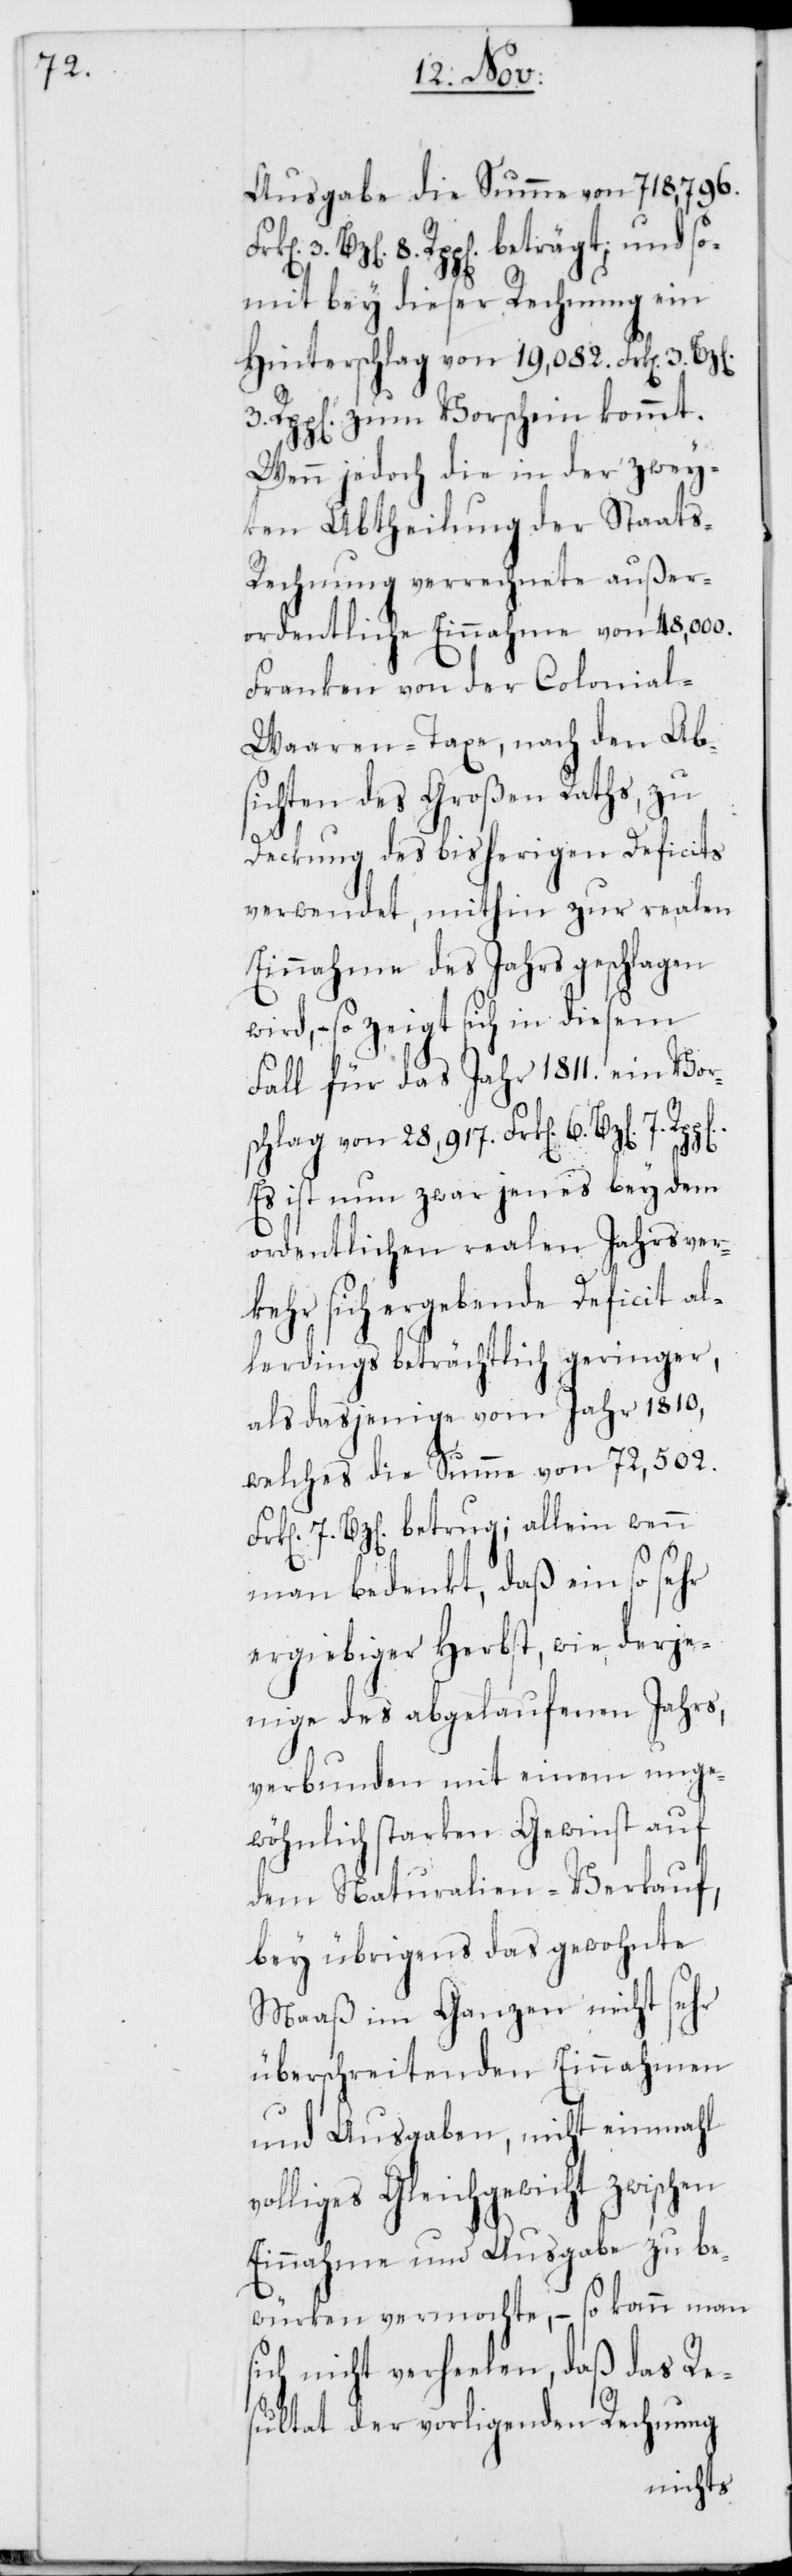
Ausgabe die Summe von 718,796.
Bz[en] 8. Rpp[en] beträgt; und so¬
mit bey dieser Rechnung ein
Hinterschlag von 19,082. Frk[en] 3.
3. Rpp[en] zum Vorschein kommt.
Wenn jedoch die in der zwey¬
ten Abtheilung der Staat¬
s-Rechnung verrechnete außer¬
ordentliche Einnahme von 48,000.
Franken von der Colonial-W¬
aaren-Taxe, nach den Ab¬
sichten des Großen Raths, zu
Deckung des bisherigen Deficits
verwendet, mithin zur realen
Einnahme des Jahrs geschlagen
wird, – so zeigt sich in diesem
Fall für das Jahr 1811. ein Vor¬
schlag von 28,917. Frk[en] 6. Bz[en] 7.
Es ist nun zwar jenes bey dem
ordentlichen realen Jahrsver¬
kehr sich ergebende Deficit al¬
lerdings beträchtlich geringer,
als dasjenige vom Jahr 1810,
welches die Summe von 72,502.
7. Bz[en] betrug; allein wenn
man bedenkt, daß ein so sehr
ergiebiger Herbst, wie derje¬
nige des abgelaufenen Jahrs,
verbunden mit einem unge¬
wöhnlich starken Gewinst auf
dem Naturalien-Verkauf,
bey übrigens das gewohnte
Maaß im Ganzen nicht sehr
überschreitenden Einnahmen
und Ausgaben, nicht einmahl
völliges Geleichgewicht zwischen
Einnahme und Ausgabe zu be¬
würken vermochte, – so kann man
sich nicht verhehlen, daß das Re¬
sultat der vorligenden Rechnung